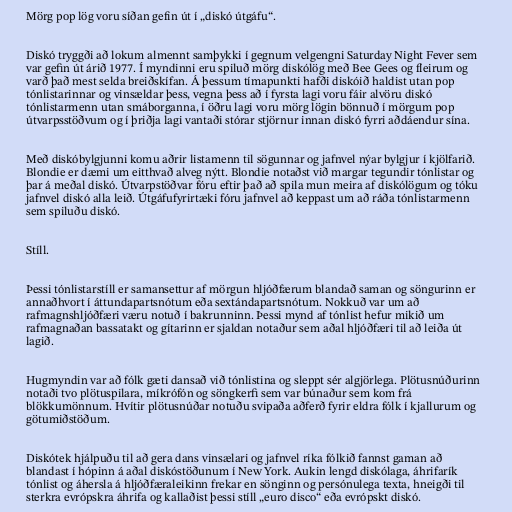
Mörg pop lög voru síðan gefin út í „diskó útgáfu“.

Diskó tryggði að lokum almennt samþykki í gegnum velgengni Saturday Night Fever sem
var gefin út árið 1977. Í myndinni eru spiluð mörg diskólög með Bee Gees og fleirum og
varð það mest selda breiðskífan. Á þessum tímapunkti hafði diskóið haldist utan pop
tónlistarinnar og vinsældar þess, vegna þess að í fyrsta lagi voru fáir alvöru diskó
tónlistarmenn utan smáborganna, í öðru lagi voru mörg lögin bönnuð í mörgum pop
útvarpsstöðvum og í þriðja lagi vantaði stórar stjörnur innan diskó fyrri aðdáendur sína.

Með diskóbylgjunni komu aðrir listamenn til sögunnar og jafnvel nýar bylgjur í kjölfarið.
Blondie er dæmi um eitthvað alveg nýtt. Blondie notaðst við margar tegundir tónlistar og
þar á meðal diskó. Útvarpstöðvar fóru eftir það að spila mun meira af diskólögum og tóku
jafnvel diskó alla leið. Útgáfufyrirtæki fóru jafnvel að keppast um að ráða tónlistarmenn
sem spiluðu diskó.

Stíll.

Þessi tónlistarstíll er samansettur af mörgun hljóðfærum blandað saman og söngurinn er
annaðhvort í áttundapartsnótum eða sextándapartsnótum. Nokkuð var um að
rafmagnshljóðfæri væru notuð í bakrunninn. Þessi mynd af tónlist hefur mikið um
rafmagnaðan bassatakt og gítarinn er sjaldan notaður sem aðal hljóðfæri til að leiða út
lagið.

Hugmyndin var að fólk gæti dansað við tónlistina og sleppt sér algjörlega. Plötusnúðurinn
notaði tvo plötuspilara, míkrófón og söngkerfi sem var búnaður sem kom frá
blökkumönnum. Hvítir plötusnúðar notuðu svipaða aðferð fyrir eldra fólk í kjallurum og
götumiðstöðum.

Diskótek hjálpuðu til að gera dans vinsælari og jafnvel ríka fólkið fannst gaman að
blandast í hópinn á aðal diskóstöðunum í New York. Aukin lengd diskólaga, áhrifarík
tónlist og áhersla á hljóðfæraleikinn frekar en sönginn og persónulega texta, hneigði til
sterkra evrópskra áhrifa og kallaðist þessi stíll „euro disco“ eða evrópskt diskó.